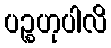
ပဉ္စဟုပါလိ